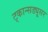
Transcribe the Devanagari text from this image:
ट्कान्सड्यूसर